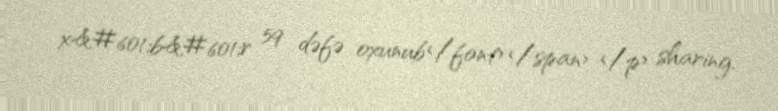
x&#601;b&#601;r 59 dəfə oxunub</font></span> </p> sharing.